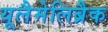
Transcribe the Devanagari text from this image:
यूलैमेलिब्रैक